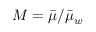
M = \bar { \mu } / \bar { \mu } _ { w }